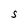
Character: S